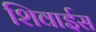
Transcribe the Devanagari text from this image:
शिवाईस